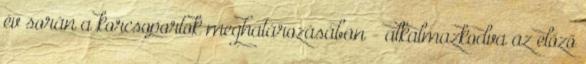
év során a korcsoportok meghatározásában - alkalmazkodva az előző